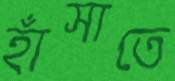
হাঁসাতে